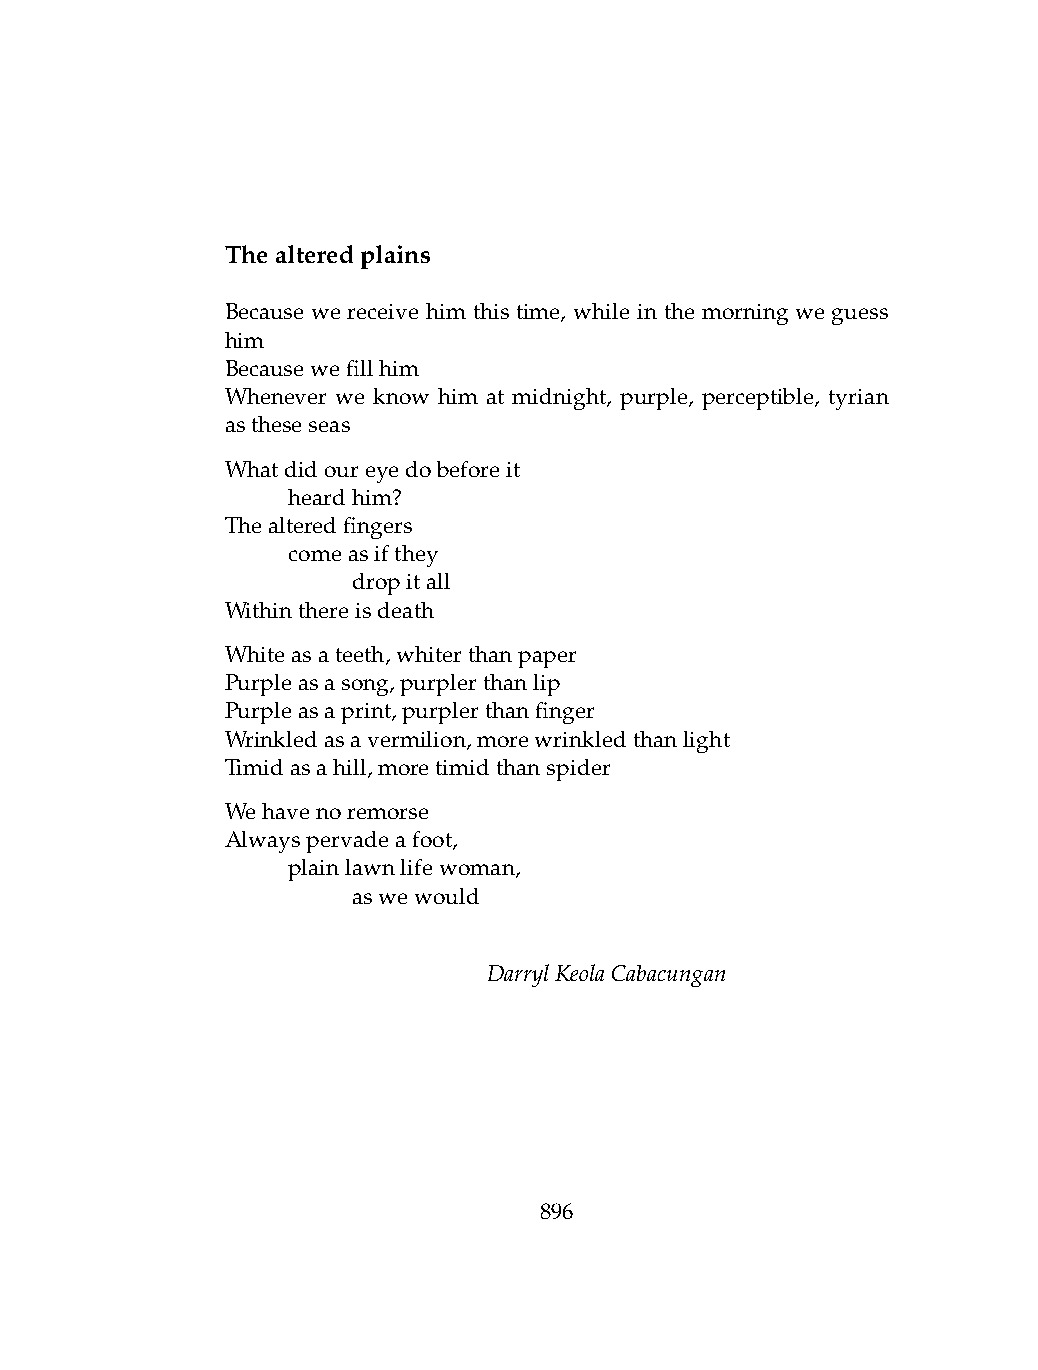
Thealteredplains
 Because we receive him this time, while in the morning we guess
 him
 Becausewefillhim
 Whenever we know him at midnight, purple, perceptible, tyrian
 astheseseas
 Whatdidoureyedobeforeit
 .   heardhim?
 Thealteredfingers
 .   comeasifthey
 .   .   dropitall
 Withinthereisdeath
 Whiteasateeth,whiterthanpaper
 Purpleasasong,purplerthanlip
 Purpleasaprint,purplerthanfinger
 Wrinkledasavermilion,morewrinkledthanlight
 Timidasahill,moretimidthanspider
 Wehavenoremorse
 Alwayspervadeafoot,
 .   plainlawnlifewoman,
 .   .   aswewould
 DarrylKeolaCabacungan
 896